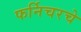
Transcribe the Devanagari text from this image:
फर्निचरचे